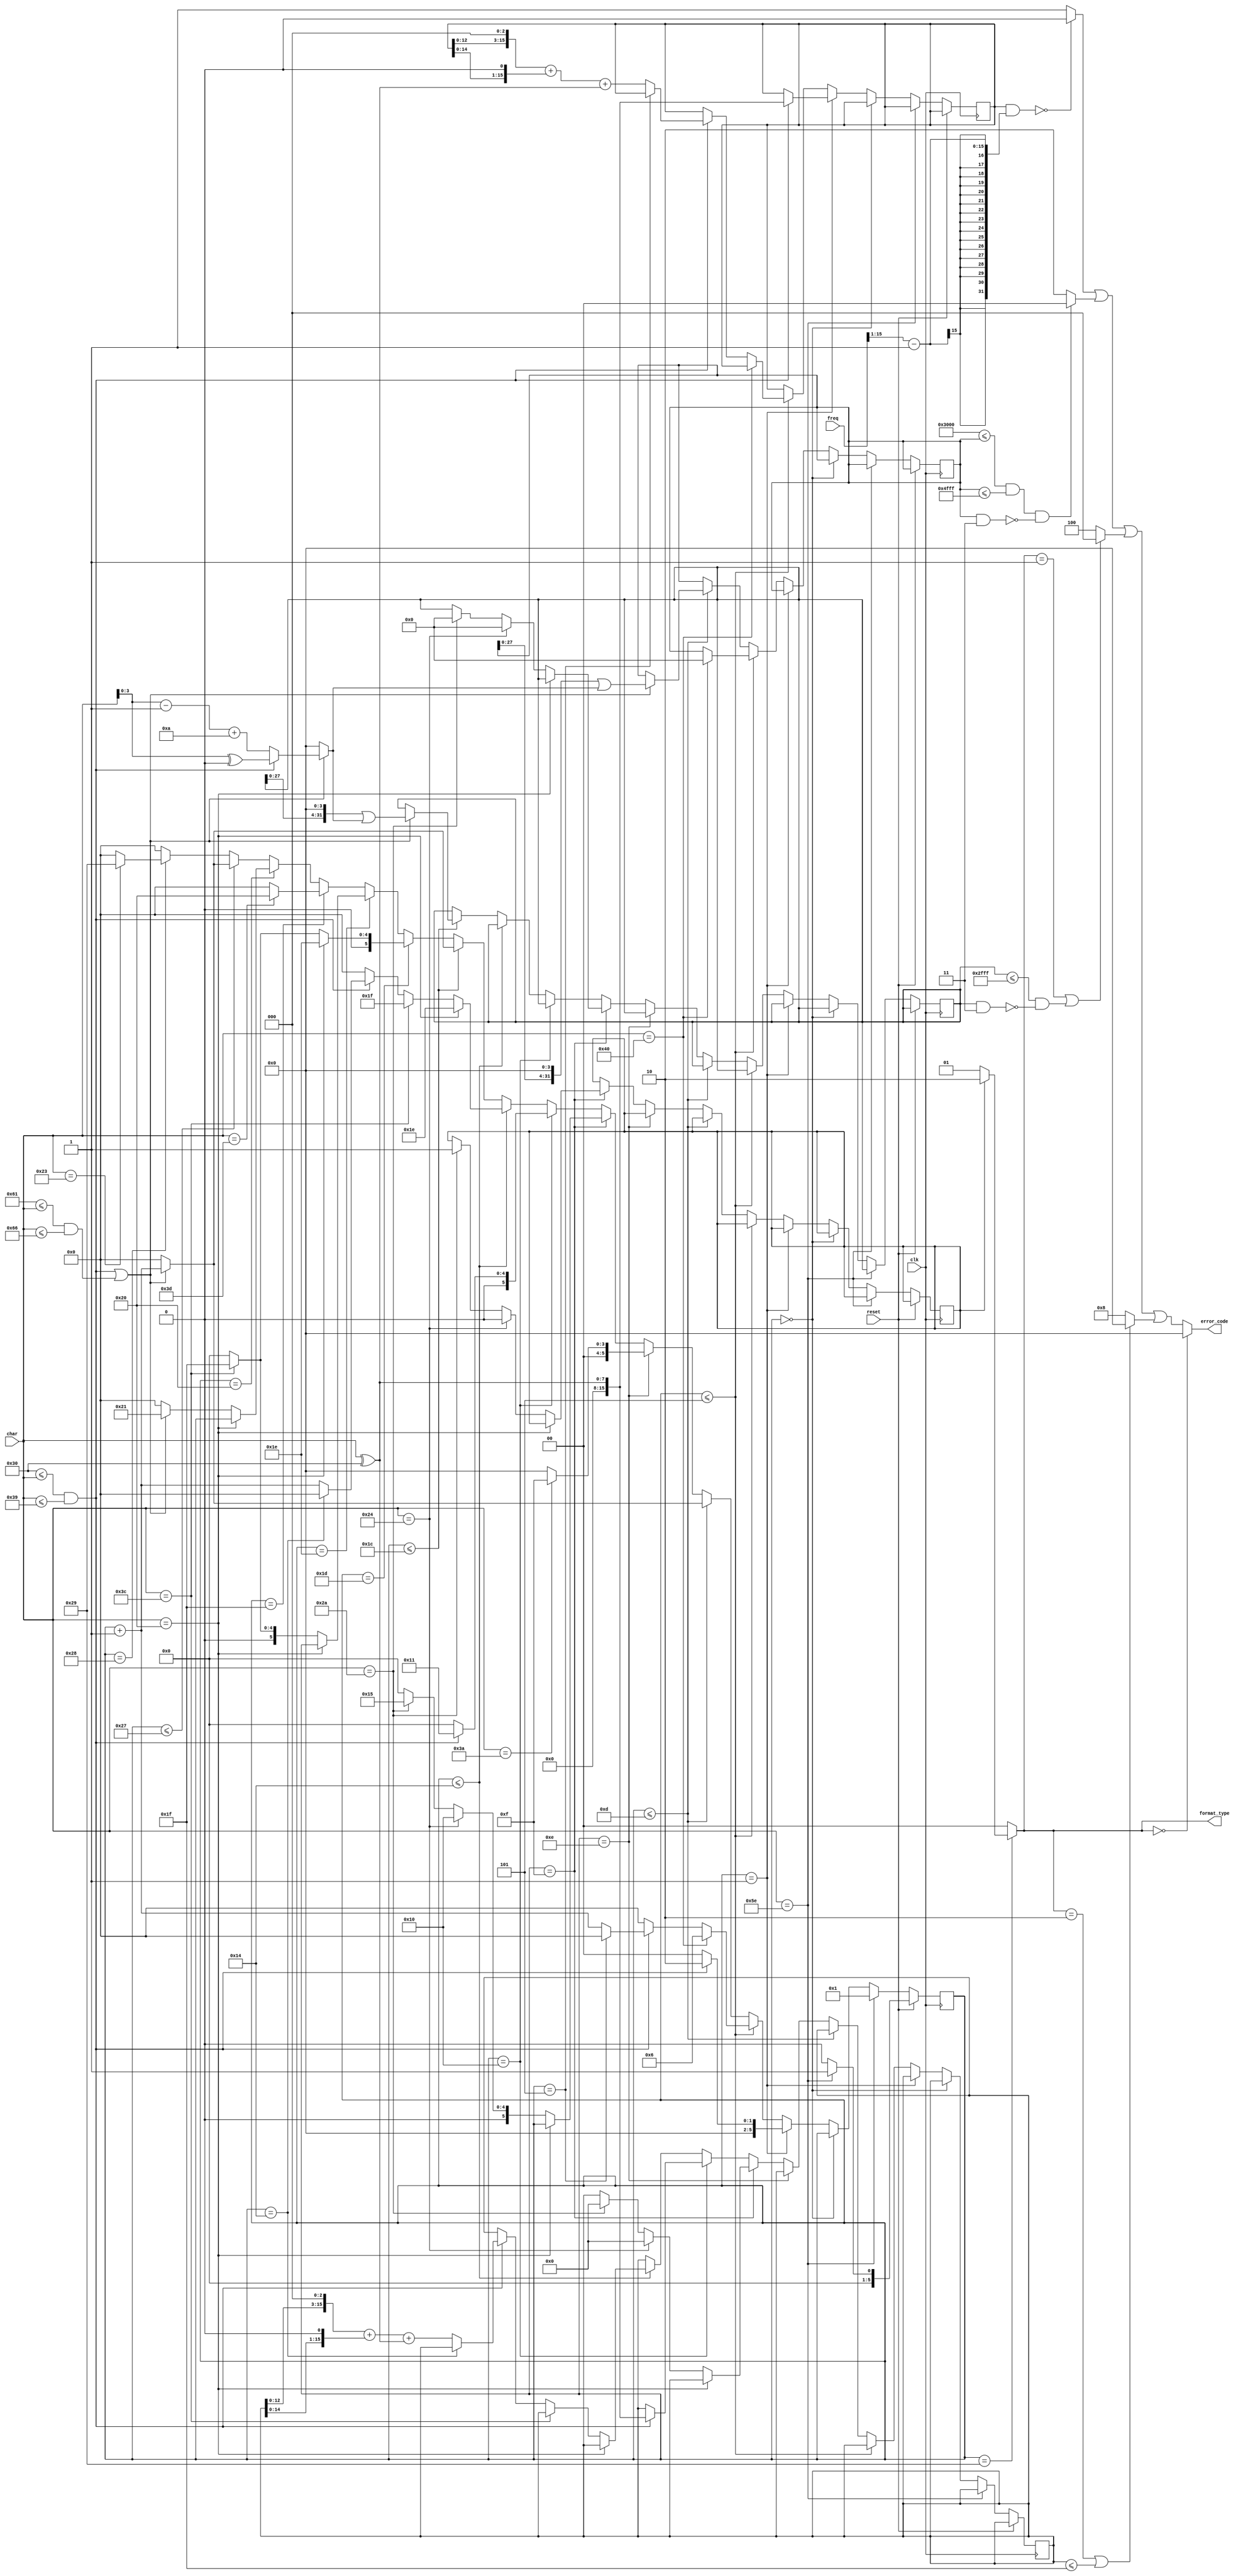
`timescale 1ns / 1ps
//////////////////////////////////////////////////////////////////////////////////
// Company: 
// Engineer: 
// 
// Design Name: 
// Module Name:    cpu_checker1 
// Project Name: 
// Target Devices: 
// Tool versions: 
// Description: 
//
// Dependencies: 
//
// Revision: 
// Revision 0.01 - File Created
// Additional Comments: 
//
//////////////////////////////////////////////////////////////////////////////////

module cpu_checker(
		input clk,
		input reset,
		input [7:0] char,
		input [15:0] freq,
		output [1:0] format_type,
		output [3:0] error_code
	);
	wire check_hex,check_num;
	wire [3:0] Hex;
	reg [5:0] now;
	reg flag;
	reg [15:0] Time,grf;
	reg [31:0] pc,addr;
	assign check_num=(8'd48<=char && char<=8'd57);
	assign check_hex=(check_num || (8'd97<=char && char<=8'd102));
	assign Hex=(check_hex?(check_num?char^"0":char-"a"+4'd10):0);
	assign format_type=((now==8'd41)?(!flag?2'b01:2'b10):0);
	assign error_code=
	(format_type==0?0:
	(((Time&((freq>>1)-1))==0)?0:4'b0001)|
	((32'h0000_3000<=pc && pc<=32'h0000_4fff && (pc&2'b11)==0)?0:4'b0010)|
	((format_type==2'b01 || (addr<=32'h0000_2fff && (addr&2'b11)==0))?0:4'b0100)|
	((format_type==2'b10 || grf<=5'd31)?0:4'b1000)
	);
	
	initial
	begin
		now<=0;
		flag<=0;
	end
	
	always @(posedge clk)
	begin
		if (reset)
		begin
			if (char=="^")
			begin
				now<=8'd01;
			end
			else
			begin
				now<=0;
			end
		end
		else
		begin
			if (char=="^")
			begin
				now=8'd01;
			end
			else if (now==8'd00)
			begin
				
			end
			else if (now==8'd01)
			begin
				if (check_num)
				begin
					now<=8'd02;
					Time<=(char^"0");
				end
				else
				begin
					now<=0;
				end
			end
			else if (now<=8'd05)
			begin
				if (char=="@")
				begin
					now<=8'd06;
					pc<=0;
				end
				else if (check_num)
				begin
					if (now==8'd05)
					begin
						now<=0;
					end
					else
					begin
						now<=now+1;
						Time<=(Time<<3)+(Time<<1)+(char^"0");
					end
				end
				else
				begin
					now<=0;
				end
			end
			else if (now<=8'd13)
			begin
				if (check_hex)
				begin
					now<=now+1;
					pc<=(pc<<4)|Hex;
				end
				else
				begin
					now<=0;
				end
			end
			else if (now==8'd14)
			begin
				if (char==":")
				begin
					now<=8'd15;
				end
				else
				begin
					now<=0;
				end
			end
			else if (now==8'd15)
			begin
				if (char==" ")
				begin
				
				end
				else if (char=="$")
				begin
					now<=8'd16;
					flag<=0;
					grf<=0;
					addr<=0;
				end
				else if (char==8'd42)
				begin
					now<=8'd21;
					flag<=1'b1;
					grf<=0;
					addr<=0;
				end
				else
				begin
					now<=0;
				end
			end
			else if (now==8'd16)
			begin
				if (check_num)
				begin
					now<=8'd17;
					grf<=(char^"0");
				end
				else
				begin
					now<=0;
				end
			end
			else if (now<=8'd20)
			begin
				if (char==" ")
				begin
					now<=8'd30;
				end
				else if (char=="<")
				begin
					now<=8'd31;
				end
				else if (check_num)
				begin
					if (now==8'd20)
					begin
						now<=0;
					end
					else
					begin
						now<=now+1;
						grf<=(grf<<3)+(grf<<1)+(char^"0");
					end
				end
				else
				begin
					now<=0;
				end
			end
			else if (now<=8'd28)
			begin
				if (check_hex)
				begin
					now<=now+1;
					addr=(addr<<4)|Hex;
				end
				else
				begin
					now<=0;
				end
			end
			else if (now==8'd29)
			begin
				if (char==" ")
				begin
					now<=8'd30;
				end
				else if (char=="<")
				begin
					now<=8'd31;
				end
				else
				begin
					now<=0;
				end
			end
			else if (now==8'd30)
			begin
				if (char==" ")
				begin
				
				end
				else if (char=="<")
				begin
					now<=8'd31;
				end
				else
				begin
					now<=0;
				end
			end
			else if (now==8'd31)
			begin
				if (char=="=")
				begin
					now<=8'd32;
				end
				else
				begin
					now<=0;
				end
			end
			else if (now==8'd32)
			begin
				if (char==" ")
				begin
					
				end
				else if (check_hex)
				begin
					now<=8'd33;
				end
				else
				begin
					now<=0;
				end
			end
			else if (now<=8'd39)
			begin
				if (check_hex)
				begin
					now<=now+1;
				end
				else
				begin
					now<=0;
				end
			end
			else if (now==8'd40)
			begin
				if (char=="#")
				begin
					now<=8'd41;
				end
				else
				begin
					now<=0;
				end
			end
			else
			begin
				now<=0;
			end
		end
	end
endmodule